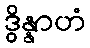
ဒွိန္နာဟံ